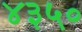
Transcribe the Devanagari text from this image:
४३५०